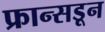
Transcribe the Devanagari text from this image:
फ्रान्सडून